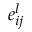
e _ { i j } ^ { l }